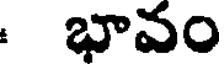
: భావం